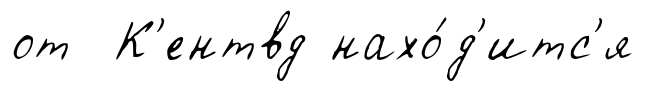
от К'ентвд нахо́д'итс'я